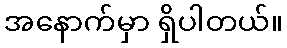
အနောက်မှာ ရှိပါတယ်။